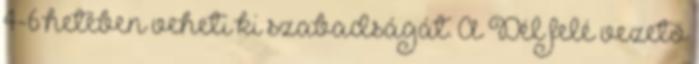
4-6 hetében veheti ki szabadságát. A Dél felé vezető